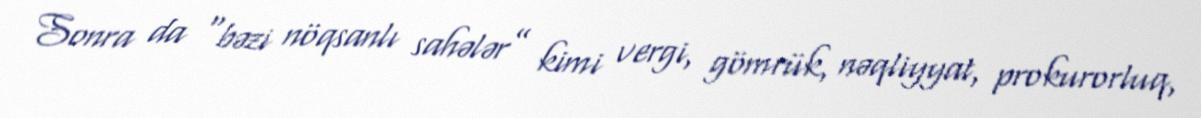
Sonra da “bəzi nöqsanlı sahələr” kimi vergi, gömrük, nəqliyyat, prokurorluq,